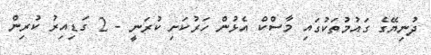
ދުނިޔޭގެ ގައުމުތަކުގައި މާސްކް އެޅުން ހަރުކަށި ކުރަނީ - 2 ގަޑިއިރު ކުރިން